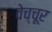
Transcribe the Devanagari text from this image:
वेच्चूर